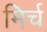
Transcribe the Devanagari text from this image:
मिर्च